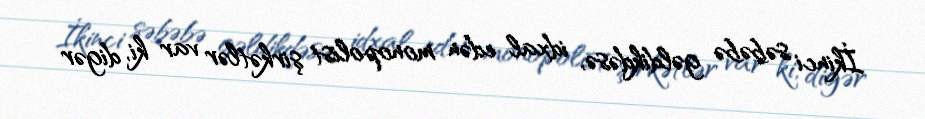
İkinci səbəbə gəldikdəsə, idxal edən monopolist şirkətlər var ki, digər